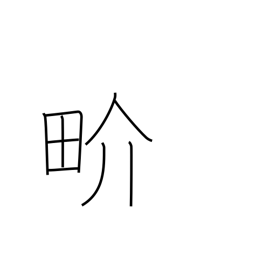
Meaning: world